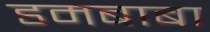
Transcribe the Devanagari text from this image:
डमबाबा